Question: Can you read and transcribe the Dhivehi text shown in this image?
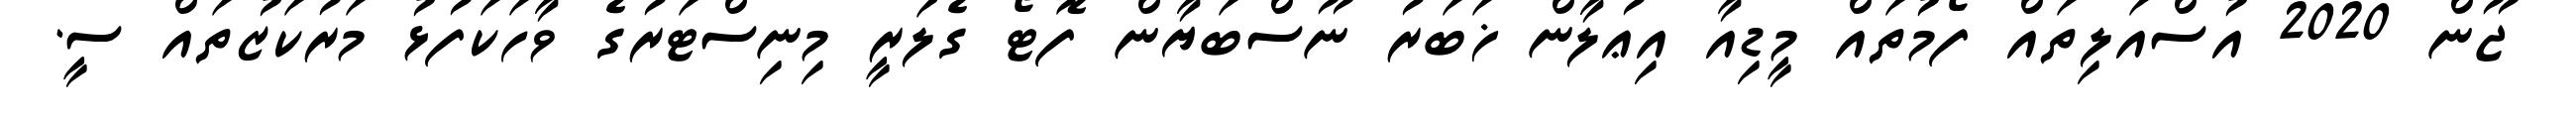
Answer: ޖޫން 2020 އުސްއަލިތައް ފޯމުތައް މީޑިއާ އިޢުލާން ޚަބަރު ނޫސްބަޔާން ފޮޓޯ ގެލަރީ މިނިސްޓަރުގެ ވާހަކަފުޅު މަރުކަޒުތައް ސީ.